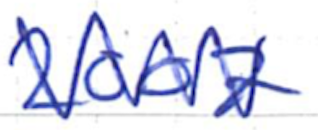
Text: 2007
Cross-out: zig-zag
Writing tool: ballpoint